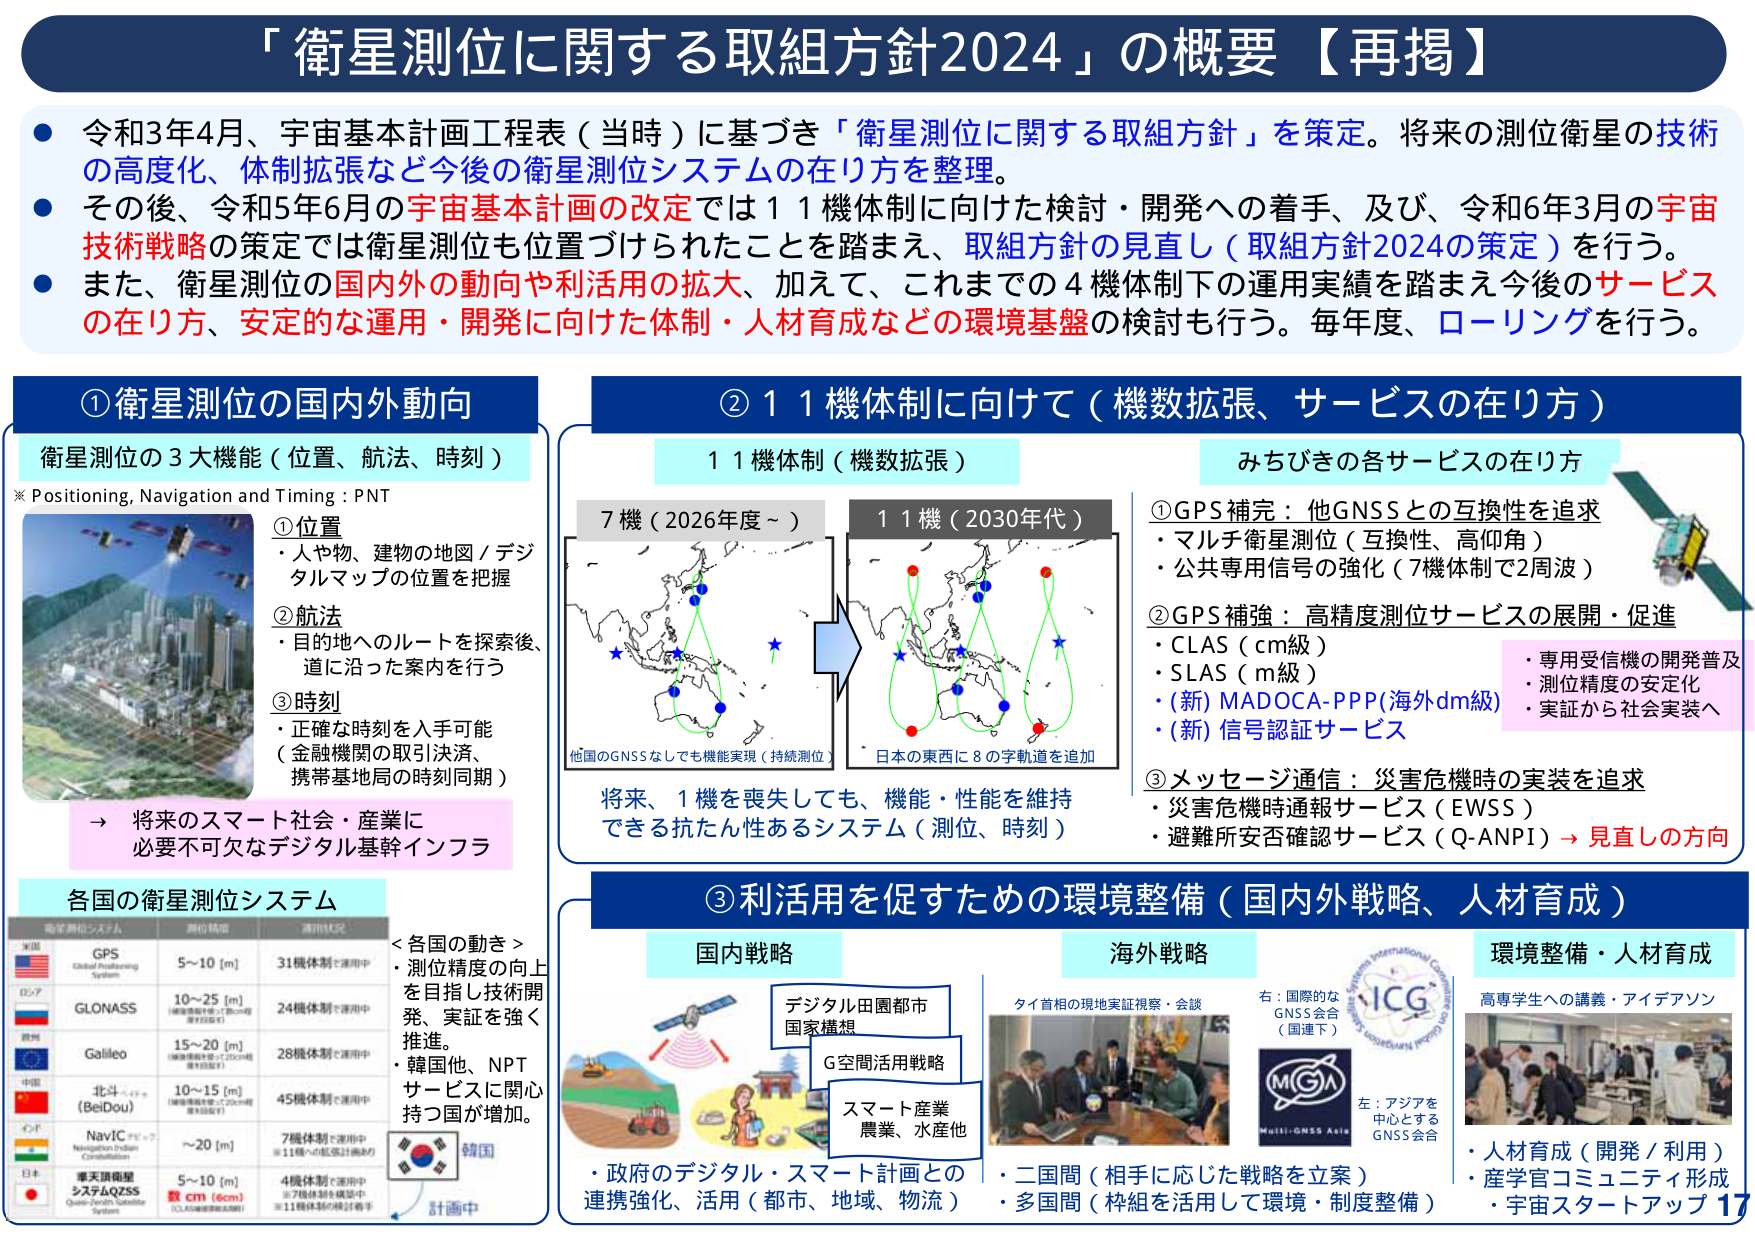
「衛星測位に関する取組方針2024」の概要【再掲】

● 令和3年4月、宇宙基本計画工程表（当時）に基づき「衛星測位に関する取組方針」を策定。将来の測位衛星の技術の高度化、体制拡張など今後の衛星測位システムの在り方を整理。

● その後、令和5年6月の宇宙基本計画の改定では11機体制に向けた検討・開発への着手、及び、令和6年3月の宇宙技術戦略の策定では衛星測位も位置づけられたことを踏まえ、取組方針の見直し（取組方針2024の策定）を行う。

● また、衛星測位の国内外の動向や利用の拡大、加えて、これまでの4機体制下の運用実績を踏まえ今後のサービスの在り方、安定的な運用・開発に向けた体制・人材育成などの環境基盤の検討も行う。毎年度、ローリングを行う。

①衛星測位の国内外動向

衛星測位の3大機能（位置、航法、時刻）
※ Positioning, Navigation and Timing : PNT

①位置
・人や物、建物の地図／デジタルマップの位置を把握

②航法
・目的地へのルートを探索後、道に沿った案内を行う

③時刻
・正確な時刻を入手可能
（金融機関の取引決済、携帯基地局の時刻同期）

→ 将来のスマート社会・産業に必要不可欠なデジタル基幹インフラ

各国の衛星測位システム

| 衛星測位システム | 測位精度 | 運用状況 |
|------------------|----------|----------|
| 米国 GPS Global Positioning System | 5～10 [m] | 31機体制で運用中 |
| ロシア GLONASS | 10～25 [m]（衛星数減少等で20cm程度の誤差も） | 24機体制で運用中 |
| 欧州 Galileo | 15～20 [m]（衛星数減少等で20cm程度の誤差も） | 28機体制で運用中 |
| 中国 北斗（BeiDou） | 10～15 [m]（衛星数減少等で20cm程度の誤差も） | 45機体制で運用中 |
| インド NavIC（ナビック） | ～20 [m] | 7機体制で運用中（※11機への拡張計画あり） |
| 日本 準天頂衛星システムQZSS | 5～10 [m] 数 cm（6cm）（CLAS利用時） | 4機体制で運用中（※7機体制を構築中、※11機体制の検討着手） |

＜各国の動き＞
・測位精度の向上を目指し技術開発、実証を強く推進。
・韓国他、NPTサービスに関心を持つ国が増加。

計画中

②11機体制に向けて（機数拡張、サービスの在り方）

11機体制（機数拡張）

7機（2026年度～）
→ 他のGNSSなしでも機能実現（継続測位）

11機（2030年代）
→ 日本の東西に8の字軌道を追加

将来、1機を喪失しても、機能・性能を維持できる抗たん性あるシステム（測位、時刻）

みちびきの各サービスの在り方

①GPS補完：他GNSSとの互換性を追求
・マルチ衛星測位（互換性、高仰角）
・公共専用信号の強化（7機体制で2周波）

②GPS補強：高精度測位サービスの展開・促進
・CLAS（cm級）
・SLAS（m級）
・(新) MADOCA-PPP（海外dm級）
・(新) 信号認証サービス

・専用受信機の開発普及
・測位精度の安定化
・実証から社会実装へ

③メッセージ通信：災害危機時の実装を追求
・災害危機時通報サービス（EWSS）
・避難所安全確認サービス（Q-ANPI）→ 見直しの方向

③利活用を促すための環境整備（国内外戦略、人材育成）

国内戦略

デジタル田園都市国家構想
G空間活用戦略
スマート産業 農業、水産他

・政府のデジタル・スマート計画との連携強化、活用（都市、地域、物流）

海外戦略

タイ首相の現地実証視察・会談

・二国間（相手に応じた戦略を立案）
・多国間（枠組を活用して環境・制度整備）

右：国際的なGNSS会合（国連下）
左：アジアを中心とするGNSS会合

環境整備・人材育成

高専学生への講義・アイデアソン

・人材育成（開発／利用）
・産学官コミュニティ形成
・宇宙スタートアップ

17